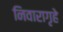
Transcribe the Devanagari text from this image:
निवारागृहे